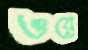
ওয়ে